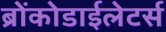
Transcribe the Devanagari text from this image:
ब्रोंकोडाईलेटर्स